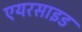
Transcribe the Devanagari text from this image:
एयरसाइड